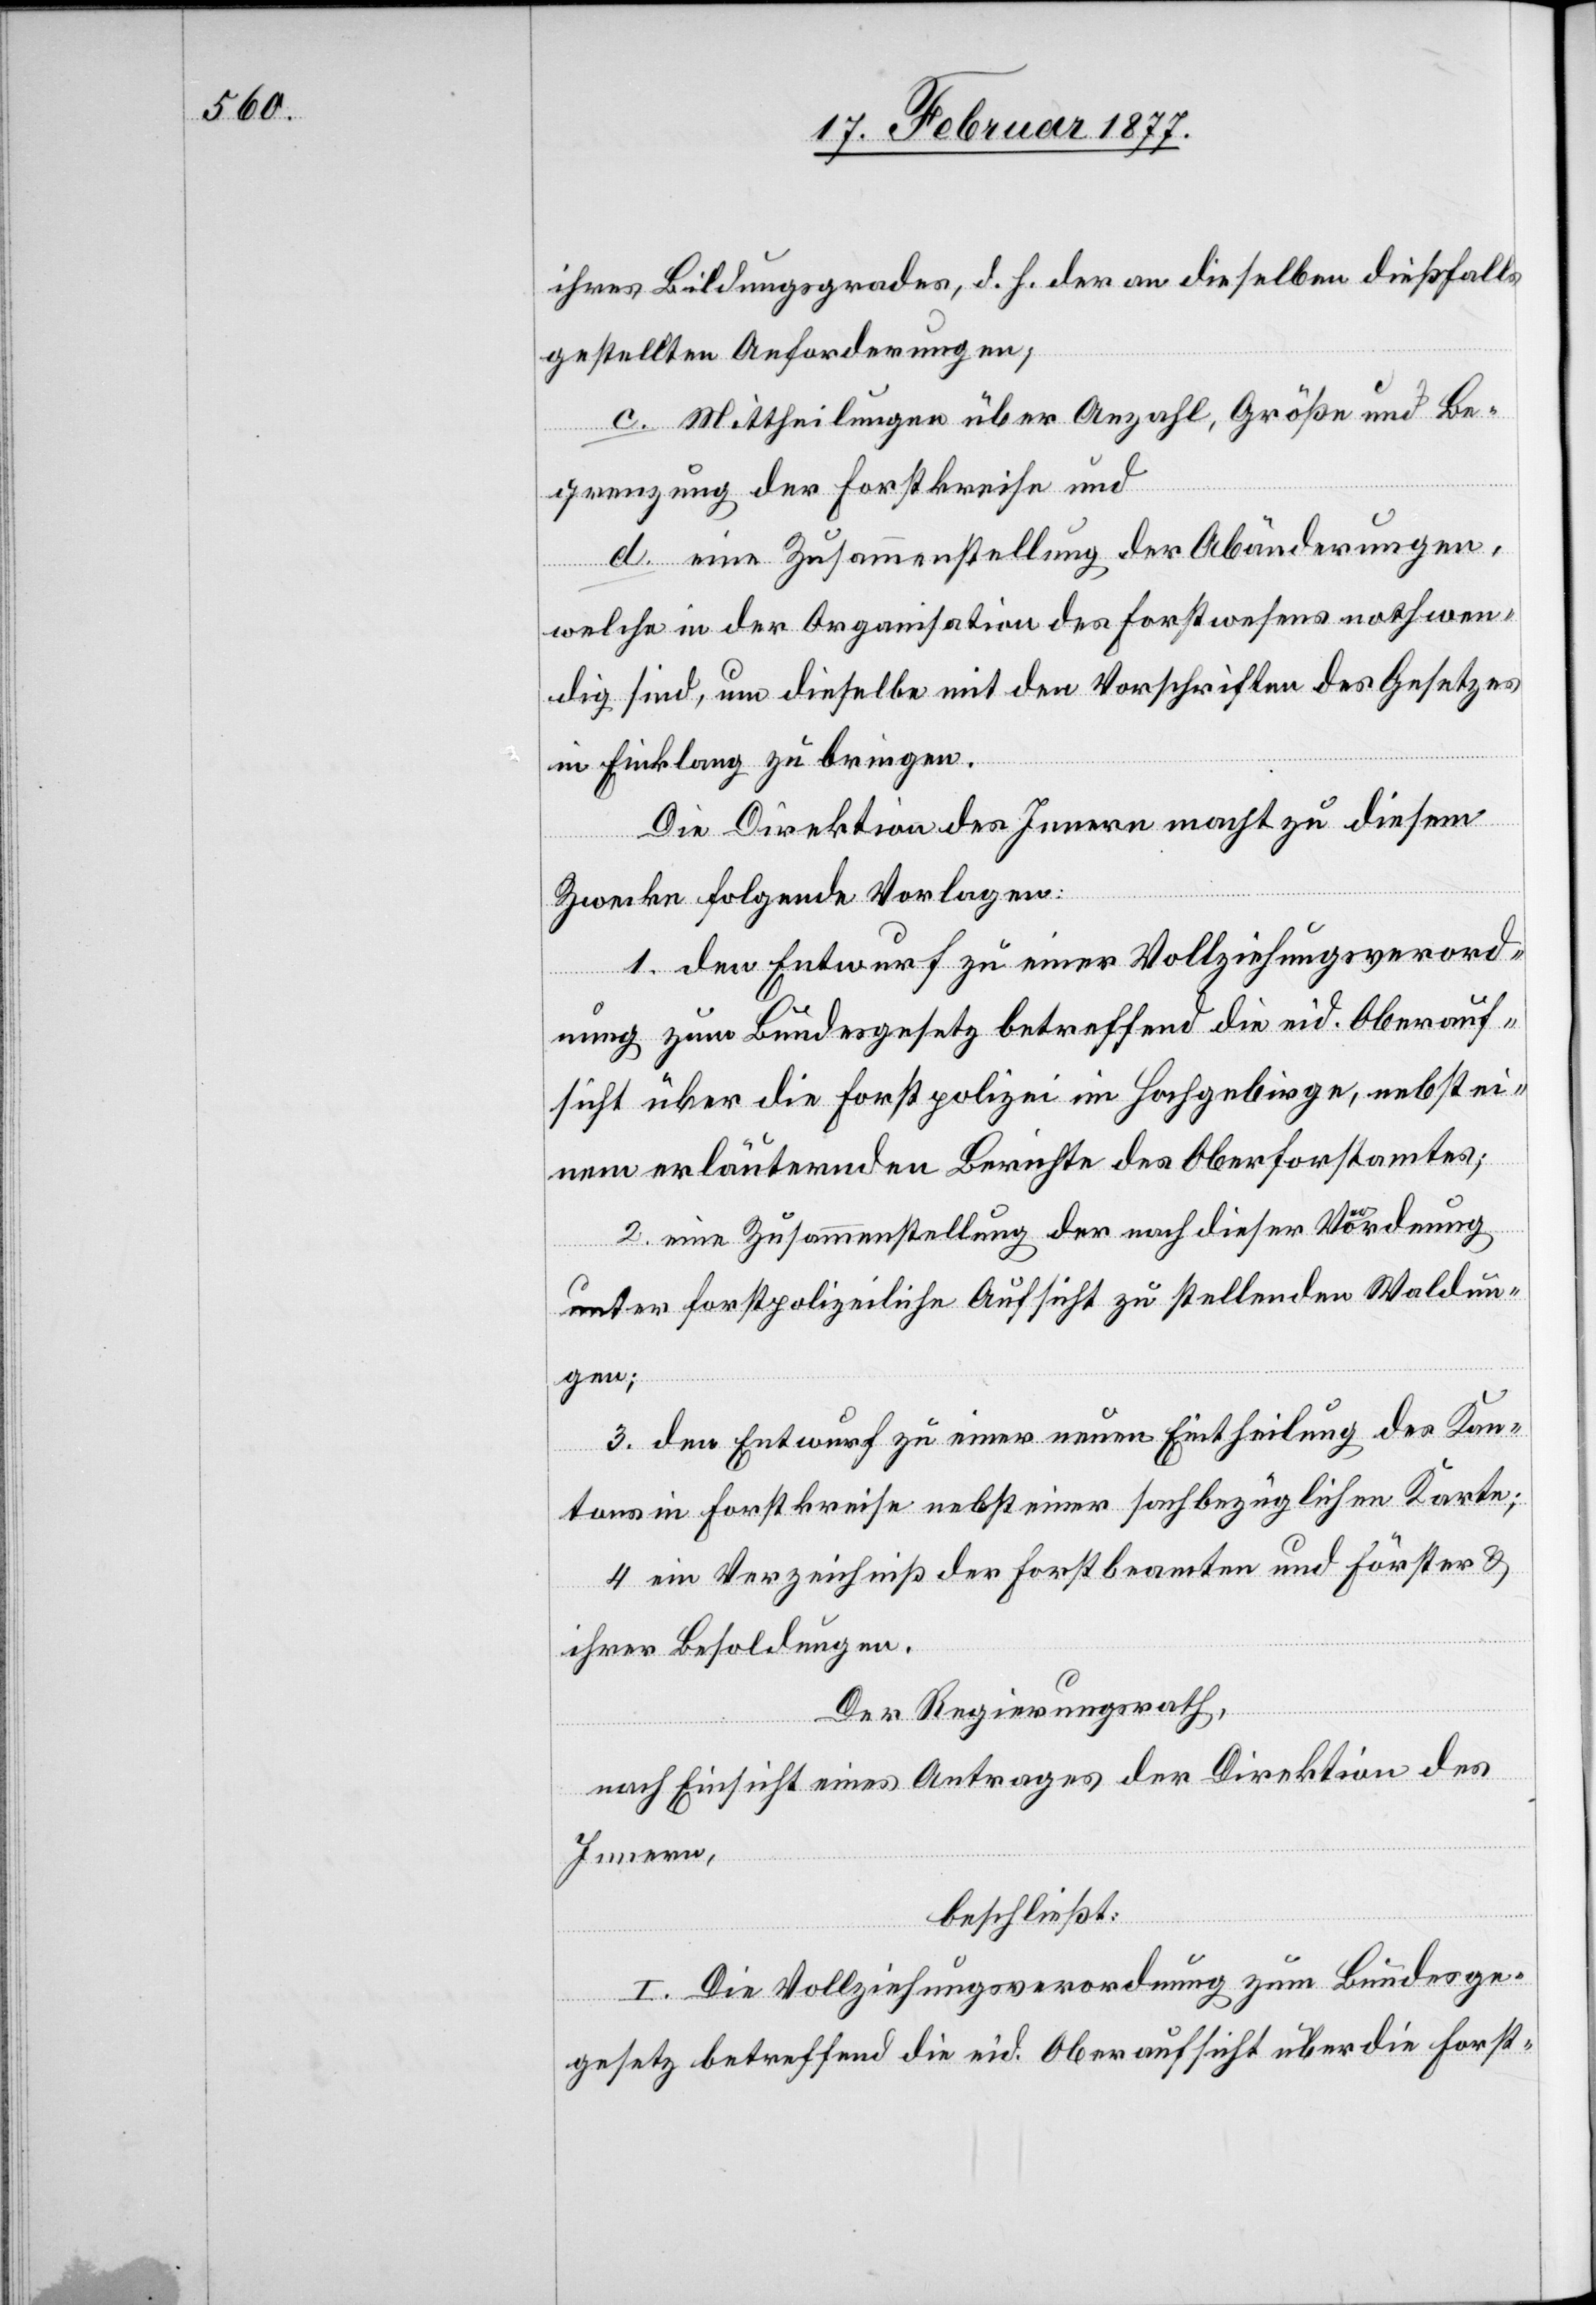
ihres Bildungsgrades, d. h. der an dieselben dießfalls
gestellten Anforderungen;
c. Mittheilungen über Anzahl, Größe und Be¬
grenzung der Forstkreise und
d. eine Zusammenstellung der Abänderungen,
welche in der Organisation des Forstwesens nothwen¬
dig sind, um dieselbe mit den Vorschriften des Gesetzes
in Einklang zu bringen.
Die Direktion des Innern macht zu diesem
Zwecke folgende Vorlagen:
1. den Entwurf zu einer Vollziehungsverord¬
nung zum Bundesgesetz betreffend die eid. Oberauf¬
sicht über die Forstpolizei im Hochgebirge, nebst ei¬
nem erläuternden Berichte des Oberforstamtes;
2. eine Zusammenstellung der nach dieser Verordnung
unter forstpolizeiliche Aufsicht zu stellenden Waldun¬
gen;
3. den Entwurf zu einer neuen Eintheilung des Kan¬
tons in Forstkreise nebst einer sachbezüglichen Karte;
4. ein Verzeichniß der Forstbeamten und Förster &
ihrer Besoldung.
Der Regierungsrath,
nach Einsicht eines Antrages der Direktion des
Innern,
beschließt:
I. Die Vollziehungsverordnung zum Bundes¬
gesetz betreffend die eid. Oberaufsicht über die Forst-